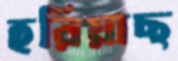
হরিয়াছ